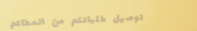
توصيل طلباتكم من المطاعم